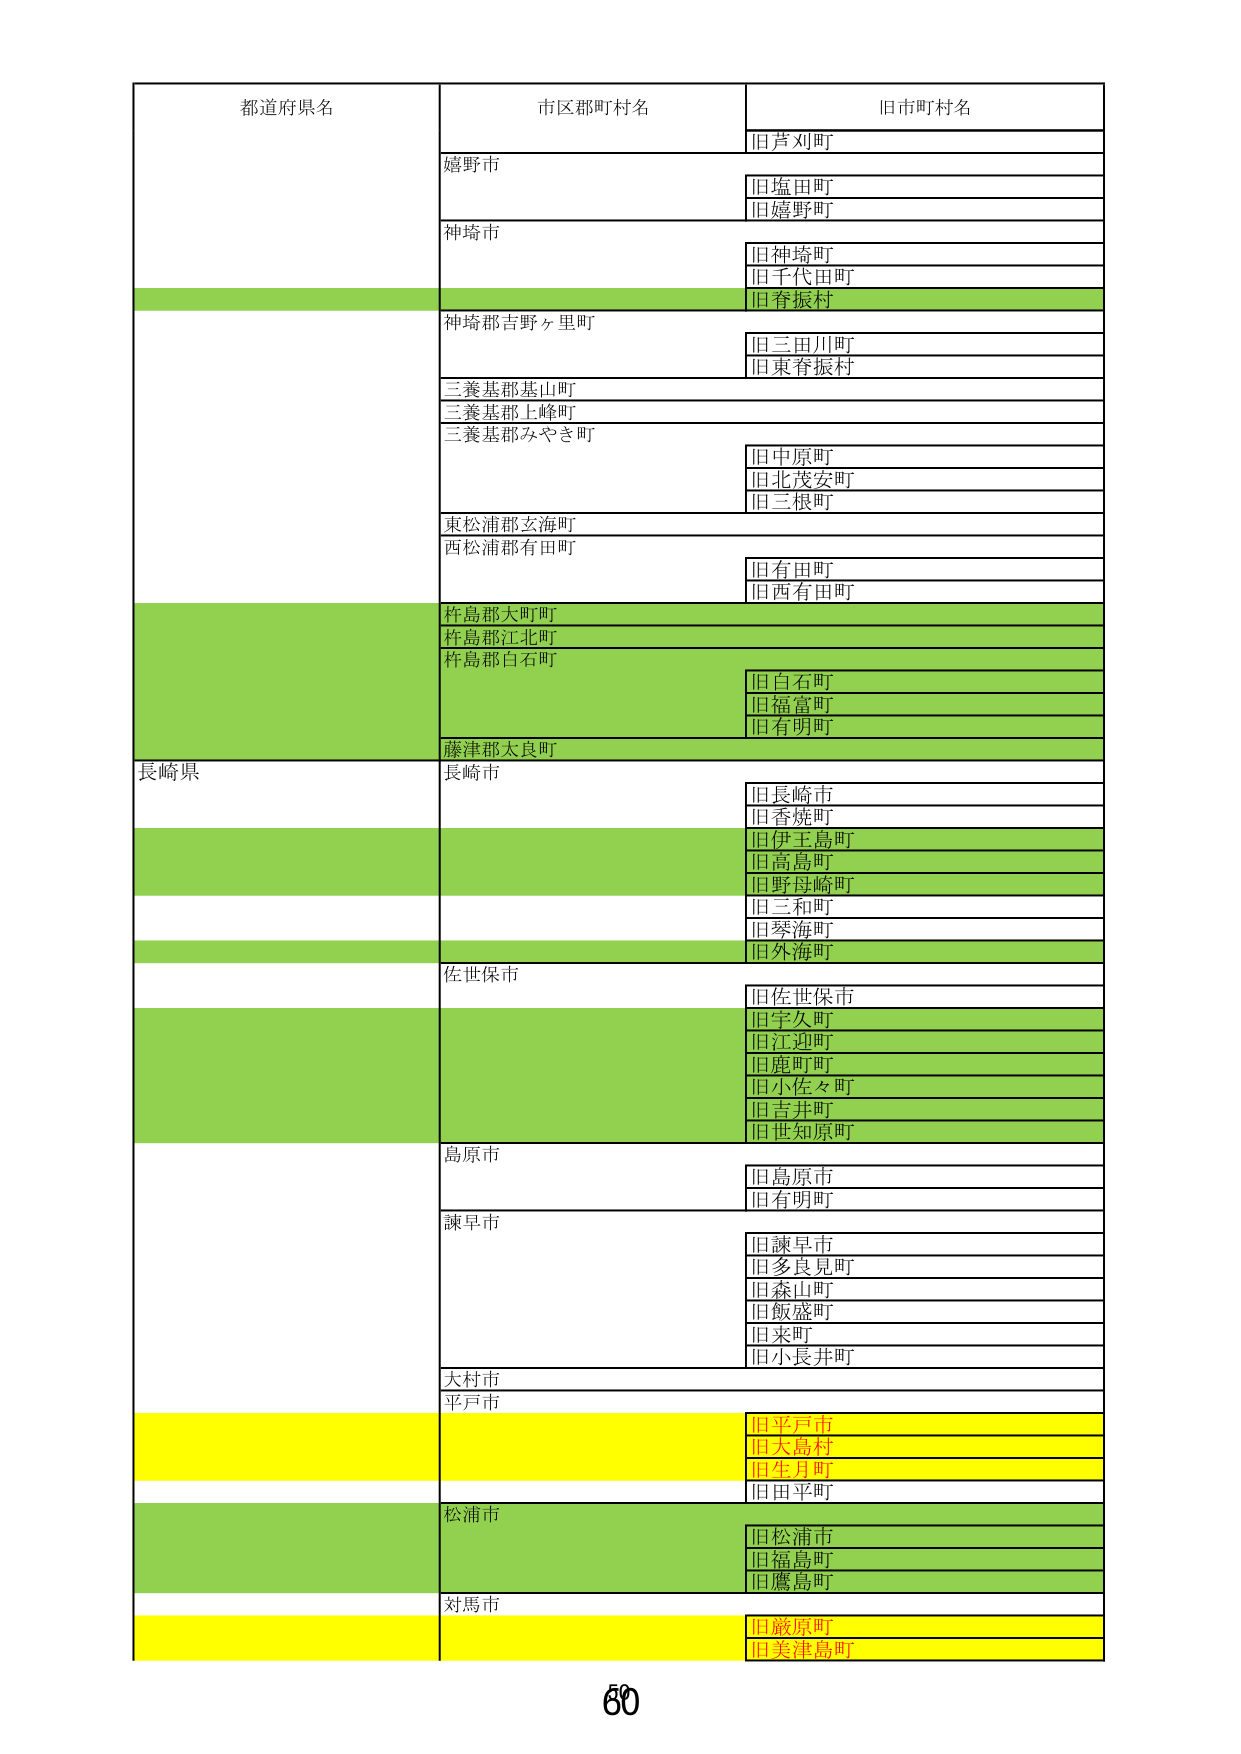
都道府県名
市区郡町村名
旧市町村名
旧芦刈町
嬉野市
旧塩田町
旧嬉野町
神埼市
旧神埼町
旧千代田町
旧春振村
神埼郡吉野ヶ里町
旧三田川町
旧東春振村
三養基郡基山町
三養基郡上峰町
三養基郡みやき町
旧中原町
旧北茂安町
旧三根町
東松浦郡玄海町
西松浦郡有田町
旧有田町
旧西有田町
杵島郡大町町
杵島郡江北町
杵島郡白石町
旧白石町
旧福富町
旧有明町
藤津郡大良町
長崎県
長崎市
旧長崎市
旧香焼町
旧伊王島町
旧高島町
旧野母崎町
旧三和町
旧琴海町
旧外海町
佐世保市
旧佐世保市
旧宇久町
旧江迎町
旧鹿町町
旧小佐々町
旧吉井町
旧世知原町
島原市
旧島原市
旧有明町
諫早市
旧諫早市
旧多良見町
旧森山町
旧飯盛町
旧来町
旧小長井町
大村市
平戸市
旧平戸市
旧大島村
旧生月町
旧田平町
松浦市
旧松浦市
旧福島町
旧鷹島町
対馬市
旧簸原町
旧美津島町
60